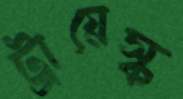
ট্রায়েস্ক